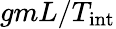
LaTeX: gmL/T_{\mathrm{int}}